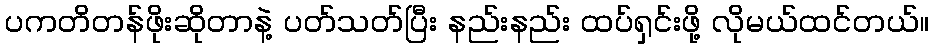
ပကတိတန်ဖိုးဆိုတာနဲ့ ပတ်သတ်ပြီး နည်းနည်း ထပ်ရှင်းဖို့ လိုမယ်ထင်တယ်။